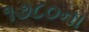
૧૭૮૦ના